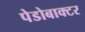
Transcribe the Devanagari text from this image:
पेडोबाक्टर